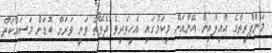
މަންޕްރީތްގެ އާއިލާއިން އޭނާއަށް މިކަމުގައި އެހީތެރިވެ ދެވޭތޯ ވަނީ ވަރަށް ބޮޑަށް މަސައްކަތް